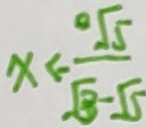
x < - \frac { \sqrt { 5 } } { \sqrt { 3 } - 5 }